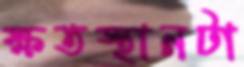
ক্ষতস্থানটা